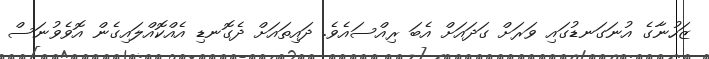
ޒަހުނާގެ އުނަގަނޑުގައި ވަރަށް ގަދައަށް އެބަ ރިއްސައެވެ. ދައިތައަށް ދެގޮނޑި އެއްކޮއްލައިގެން އޮވެވުނަސް